Lunatic asylums Punjab 1868-1880 - 1868-1880
Year: 1868
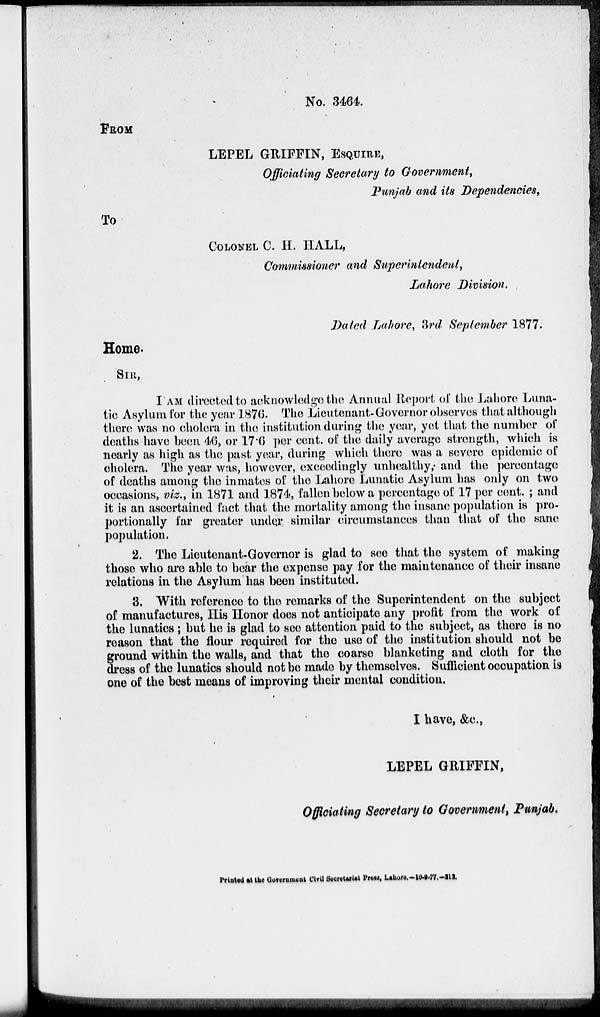
No. 3464.
FROM
LEPEL GRIFFIN, ESQUIRE,
Officiating Secretary to Government,
Punjab and its Dependencies,
To
COLONEL C. H. HALL,
Commissioner and Superintendent,
Lahore Division.
Dated Lahore, 3rd September 1877.
Home.
SIR,
I AM directed to acknowledge the Annual Report of the Lahore Luna-
tic Asylum for the year 1876. The Lieutenant-Governor observes that although
there was no cholera in the institution during the year, yet that the number of
deaths have been 46, or 17.6 per cent. of the daily average strength, which is
nearly as high as the past year, during which there was a severe epidemic of
cholera. The year was, however, exceedingly unhealthy; and the percentage
of deaths among the inmates of the Lahore Lunatic Asylum has only on two
occasions, viz., in 1871 and 1874, fallen below a percentage of 17 per cent. ; and
it is an ascertained fact that the mortality among the insane population is pro-
portionally far greater under similar circumstances than that of the sane
population.
2. The Lieutenant-Governor is glad to see that the system of making
those who are able to bear the expense pay for the maintenance of their insane
relations in the Asylum has been instituted.
3. With reference to the remarks of the Superintendent on the subject
of manufactures, His Honor does not anticipate any profit from the work of
the lunatics ; but he is glad to see attention paid to the subject, as there is no
reason that the flour required for the use of the institution should not be
ground within the walls, and that the coarse blanketing and cloth for the
dress of the lunatics should not be made by themselves. Sufficient occupation is
one of the best means of improving their mental condition.
I have, &c.,
LEPEL GRIFFIN,
Officiating Secretary to Government, Punjab.
Printed at the Government Civil Secretariat Press, Lahore.-10-9-77.-212.